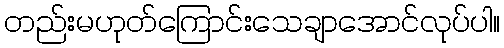
တည်းမဟုတ်ကြောင်းသေချာအောင်လုပ်ပါ။